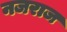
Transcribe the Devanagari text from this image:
नजराज